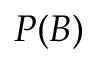
P ( B )